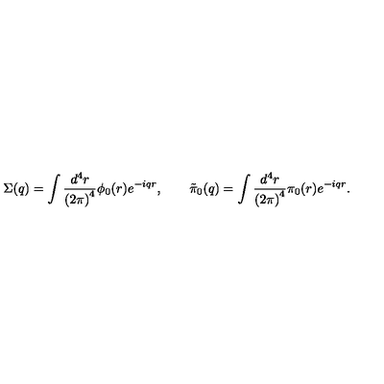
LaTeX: \Sigma ( q ) = \int \frac { d ^ { 4 } r } { \left( 2 \pi \right) ^ { 4 } } \phi _ { 0 } ( r ) e ^ { - i q r } , \qquad \tilde { \pi } _ { 0 } ( q ) = \int \frac { d ^ { 4 } r } { \left( 2 \pi \right) ^ { 4 } } \pi _ { 0 } ( r ) e ^ { - i q r } .